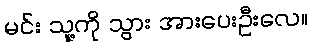
မင်း သူ့ကို သွား အားပေးဦးလေ။